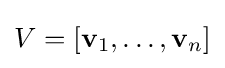
V=[\mathbf {v} _{1},\ldots ,\mathbf {v} _{n}]